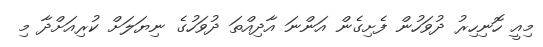
މިއީ ހޮނިހިރު ދުވަހުން ފެށިގެން އަންނަ އާދިއްތަ ދުވަހުގެ ނިޔަލަށް ކުރިއަށްދާ މި